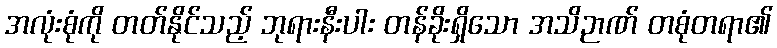
အလုံးစုံကို တတ်နိုင်သည့် ဘုရားနီးပါး တန်ခိုးရှိသော အသိဉာဏ် တစုံတရာ၏